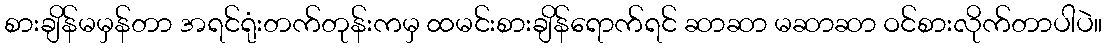
စားချိန်မမှန်တာ အရင်ရုံးတက်တုန်းကမှ ထမင်းစားချိန်ရောက်ရင် ဆာဆာ မဆာဆာ ဝင်စားလိုက်တာပါပဲ။